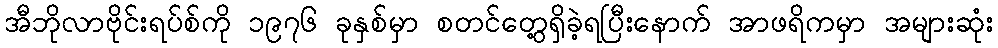
အီဘိုလာဗိုင်းရပ်စ်ကို ၁၉၇၆ ခုနှစ်မှာ စတင်တွေ့ရှိခဲ့ရပြီးနောက် အာဖရိကမှာ အများဆုံး